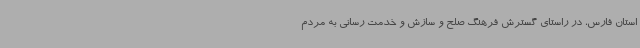
استان فارس، در راستای گسترش فرهنگ صلح و سازش و خدمت رسانی به مردم